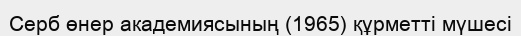
Серб өнер академиясының (1965) құрметті мүшесі